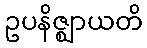
ဥပနိဇ္ဈာယတိ